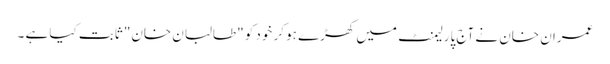
عمران خان نے آج پارلیمنٹ میں کھڑے ہو کر خود کو "طالبان خان" ثابت کیا ہے ۔